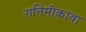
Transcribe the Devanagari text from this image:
गनिमीकावा